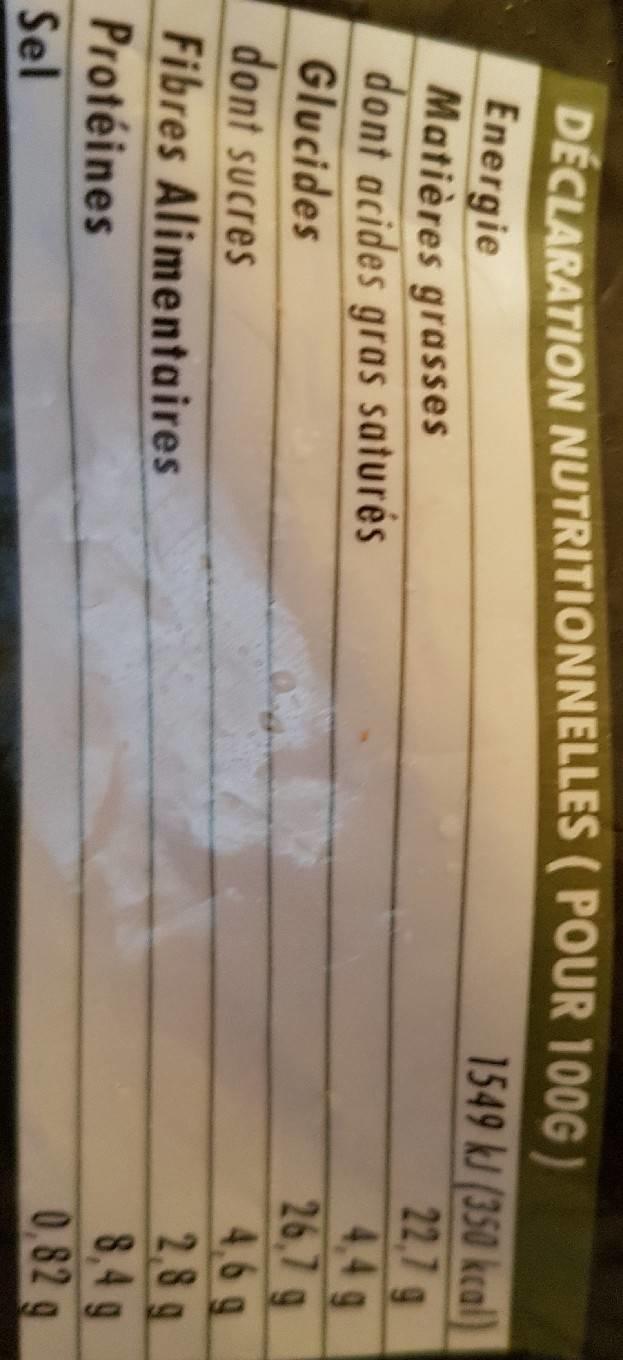
DÉCLARATION NUTRITIONNELLES (POUR 100G)
Energie
Matières grasses
dont acides gras saturés
Glucides
dont sucres
Fibres Alimentaires
Protéines Sel
1549 kJ (350 kcal) 22,7 9
26,7 g
4,6 g
2,89
8,4 g
0.82 g